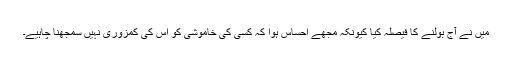
میں نے آج بولنے کا فیصلہ کیا کیونکہ مجھے احساس ہوا کہ کسی کی خاموشی کو اس کی کمزوری نہیں سمجھنا چاہیے۔